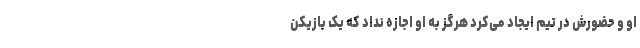
او و حضورش در تیم ایجاد می‌کرد هرگز به او اجازه نداد که یک بازیکن